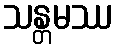
သန္တမဿ